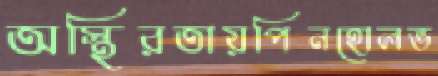
অস্থিরতায়পিনহোলভ